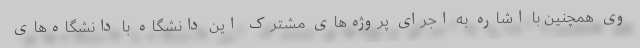
وی همچنین با اشاره به اجرای پروژه‌های مشترک این دانشگاه با دانشگاه‌های